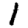
Digit: 1